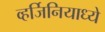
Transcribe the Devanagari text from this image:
व्हर्जिनियाध्ये